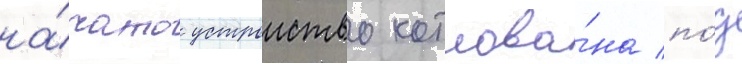
на́чато устроиство котлова́на по́д